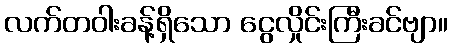
လက်တဝါးခန့်ရှိသော ငွေလှိုင်းကြီးခင်ဗျာ။